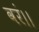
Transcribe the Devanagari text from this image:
वरं।।